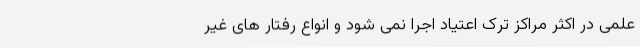
علمی در اکثر مراکز ترک اعتیاد اجرا نمی شود و انواع رفتار های غیر